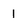
Character: l